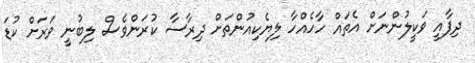
ދިފާއީ ވަކީލުންނަށް އެތައް ހާހެއްހާ ލިޔެކިއުންތަށް ދިރާސާ ކުރަންވެސް ލިބުނީ ވަރަށް ކުޑަ